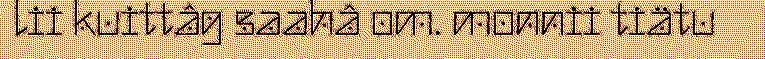
lii kuittâg saahâ om. monnii tiätu